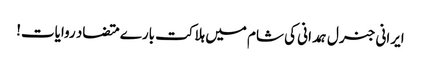
ایرانی جنرل ہمدانی کی شام میں ہلاکت بارے متضاد روایات!